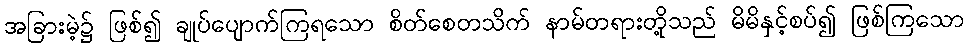
အခြားမဲ့၌ ဖြစ်၍ ချုပ်ပျောက်ကြရသော စိတ်စေတသိက် နာမ်တရားတို့သည် မိမိနှင့်စပ်၍ ဖြစ်ကြသော